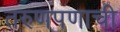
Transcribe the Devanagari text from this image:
तरुणपणाची